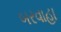
બરવાહા